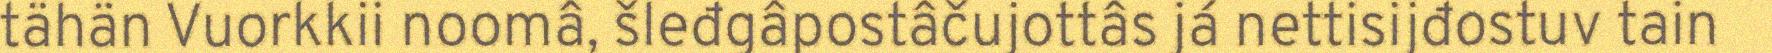
tähän Vuorkkii noomâ, šleđgâpostâčujottâs já nettisijđostuv tain